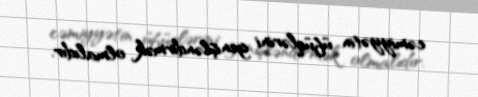
cəmiyyətin üfüqlərini genişləndirmək olmalıdır.